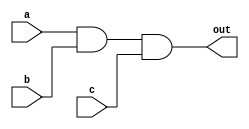
module ThreeInputAND (
    input wire a,
    input wire b,
    input wire c,
    output reg out
);

always @(a, b, c)
begin
    out = a & b & c;
end

endmodule